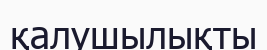
қалушылықты